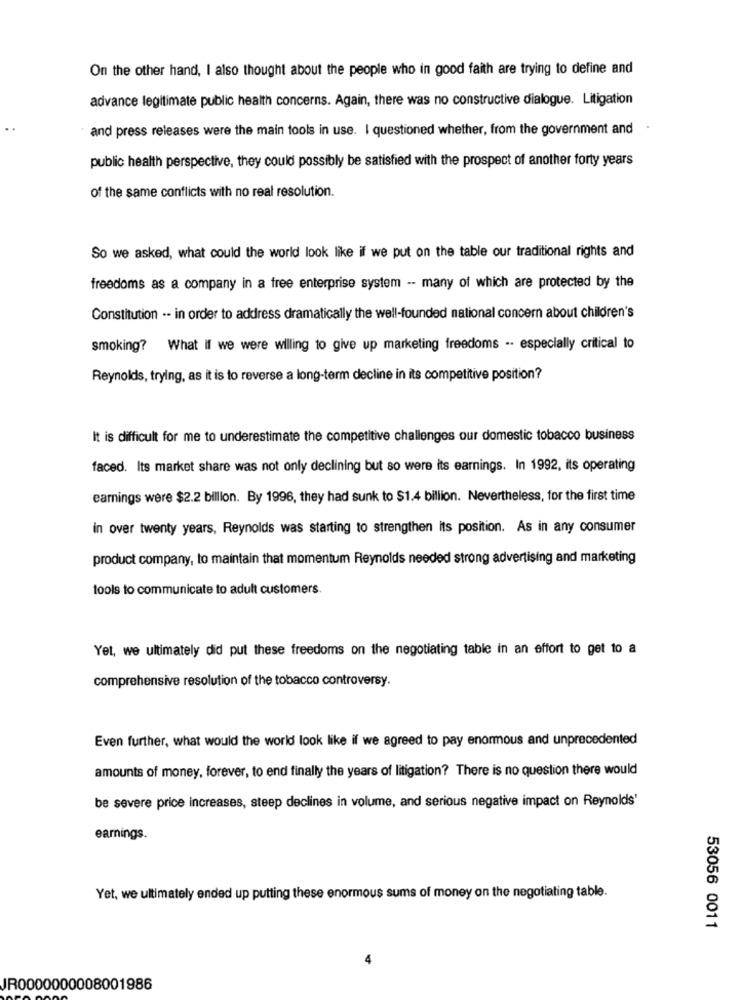
On the other hand, I also thought about the people who in good faith are trying to define and
advance legitimate public health concerns. Again, there was no constructive dialogue. Litigation
and press releases were the main tools in use. I questioned whether, from the government and
public health perspective, they could possibly be satisfied with the prospect of another forty years
of the same conflicts with no real resolution.
So we asked, what could the world look like if we put on the table our traditional rights and
freedoms as a company in a free enterprise system -- many of which are protected by the
Constitution -- in order to address dramatically the well-founded national concern about children's
smoking? What If we were willing to give up marketing freedoms -- especially critical to
Reynolds, trying, as it is to reverse a long-term decline in its competitive position?
It is difficult for me to underestimate the competitive challenges our domestic tobacco business
faced. Its market share was not only declining but so were its earnings. In 1992, its operating
earnings were $2.2 billion. By 1996, they had sunk to $1.4 billion. Nevertheless, for the first time
in over twenty years, Reynolds was starting to strengthen its position. As in any consumer
product company, to maintain that momentum Reynolds needed strong advertising and marketing
tools to communicate to adult customers.
Yet, we ultimately did put these freedoms on the negotiating table in an effort to get to a
comprehensive resolution of the tobacco controversy.
Even further, what would the world look like if we agreed to pay enormous and unprecedented
amounts of money, forever, to end finally the years of litigation? There is no question there would
be severe price increases, steep declines in volume, and serious negative impact on Reynolds'
earnings.
Yet, we ultimately ended up putting these enormous sums of money on the negotiating table.
53056 0011
JR0000000008001986